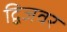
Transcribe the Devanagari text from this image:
द्विजवर